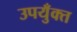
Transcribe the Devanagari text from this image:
उपयुँक्त